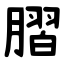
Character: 䐲